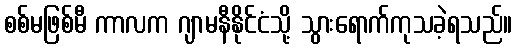
စစ်မဖြစ်မီ ကာလက ဂျာမနီနိုင်ငံသို့ သွားရောက်ကုသခဲ့ရသည်။